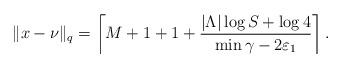
LaTeX: \begin{align*}\|x-\nu\|_{q} = \left\lceil M+1+1+\frac{|\Lambda|\log S+\log4}{\min\gamma - 2\varepsilon_{1}}\right\rceil.\end{align*}